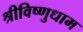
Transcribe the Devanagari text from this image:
श्रीविष्णुधाम